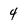
Character: 4